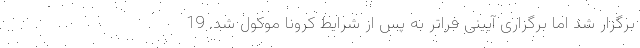
برگزار شد اما برگزاری آیینی فراتر به پس از شرایط کرونا موکول شد. 19